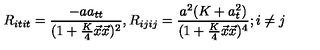
R _ { i t i t } = \frac { - a a _ { t t } } { ( 1 + \frac { K } { 4 } \vec { x } \vec { x } ) ^ { 2 } } , R _ { i j i j } = \frac { a ^ { 2 } ( K + a _ { t } ^ { 2 } ) } { ( 1 + \frac { K } { 4 } \vec { x } \vec { x } ) ^ { 4 } } ; i \neq j